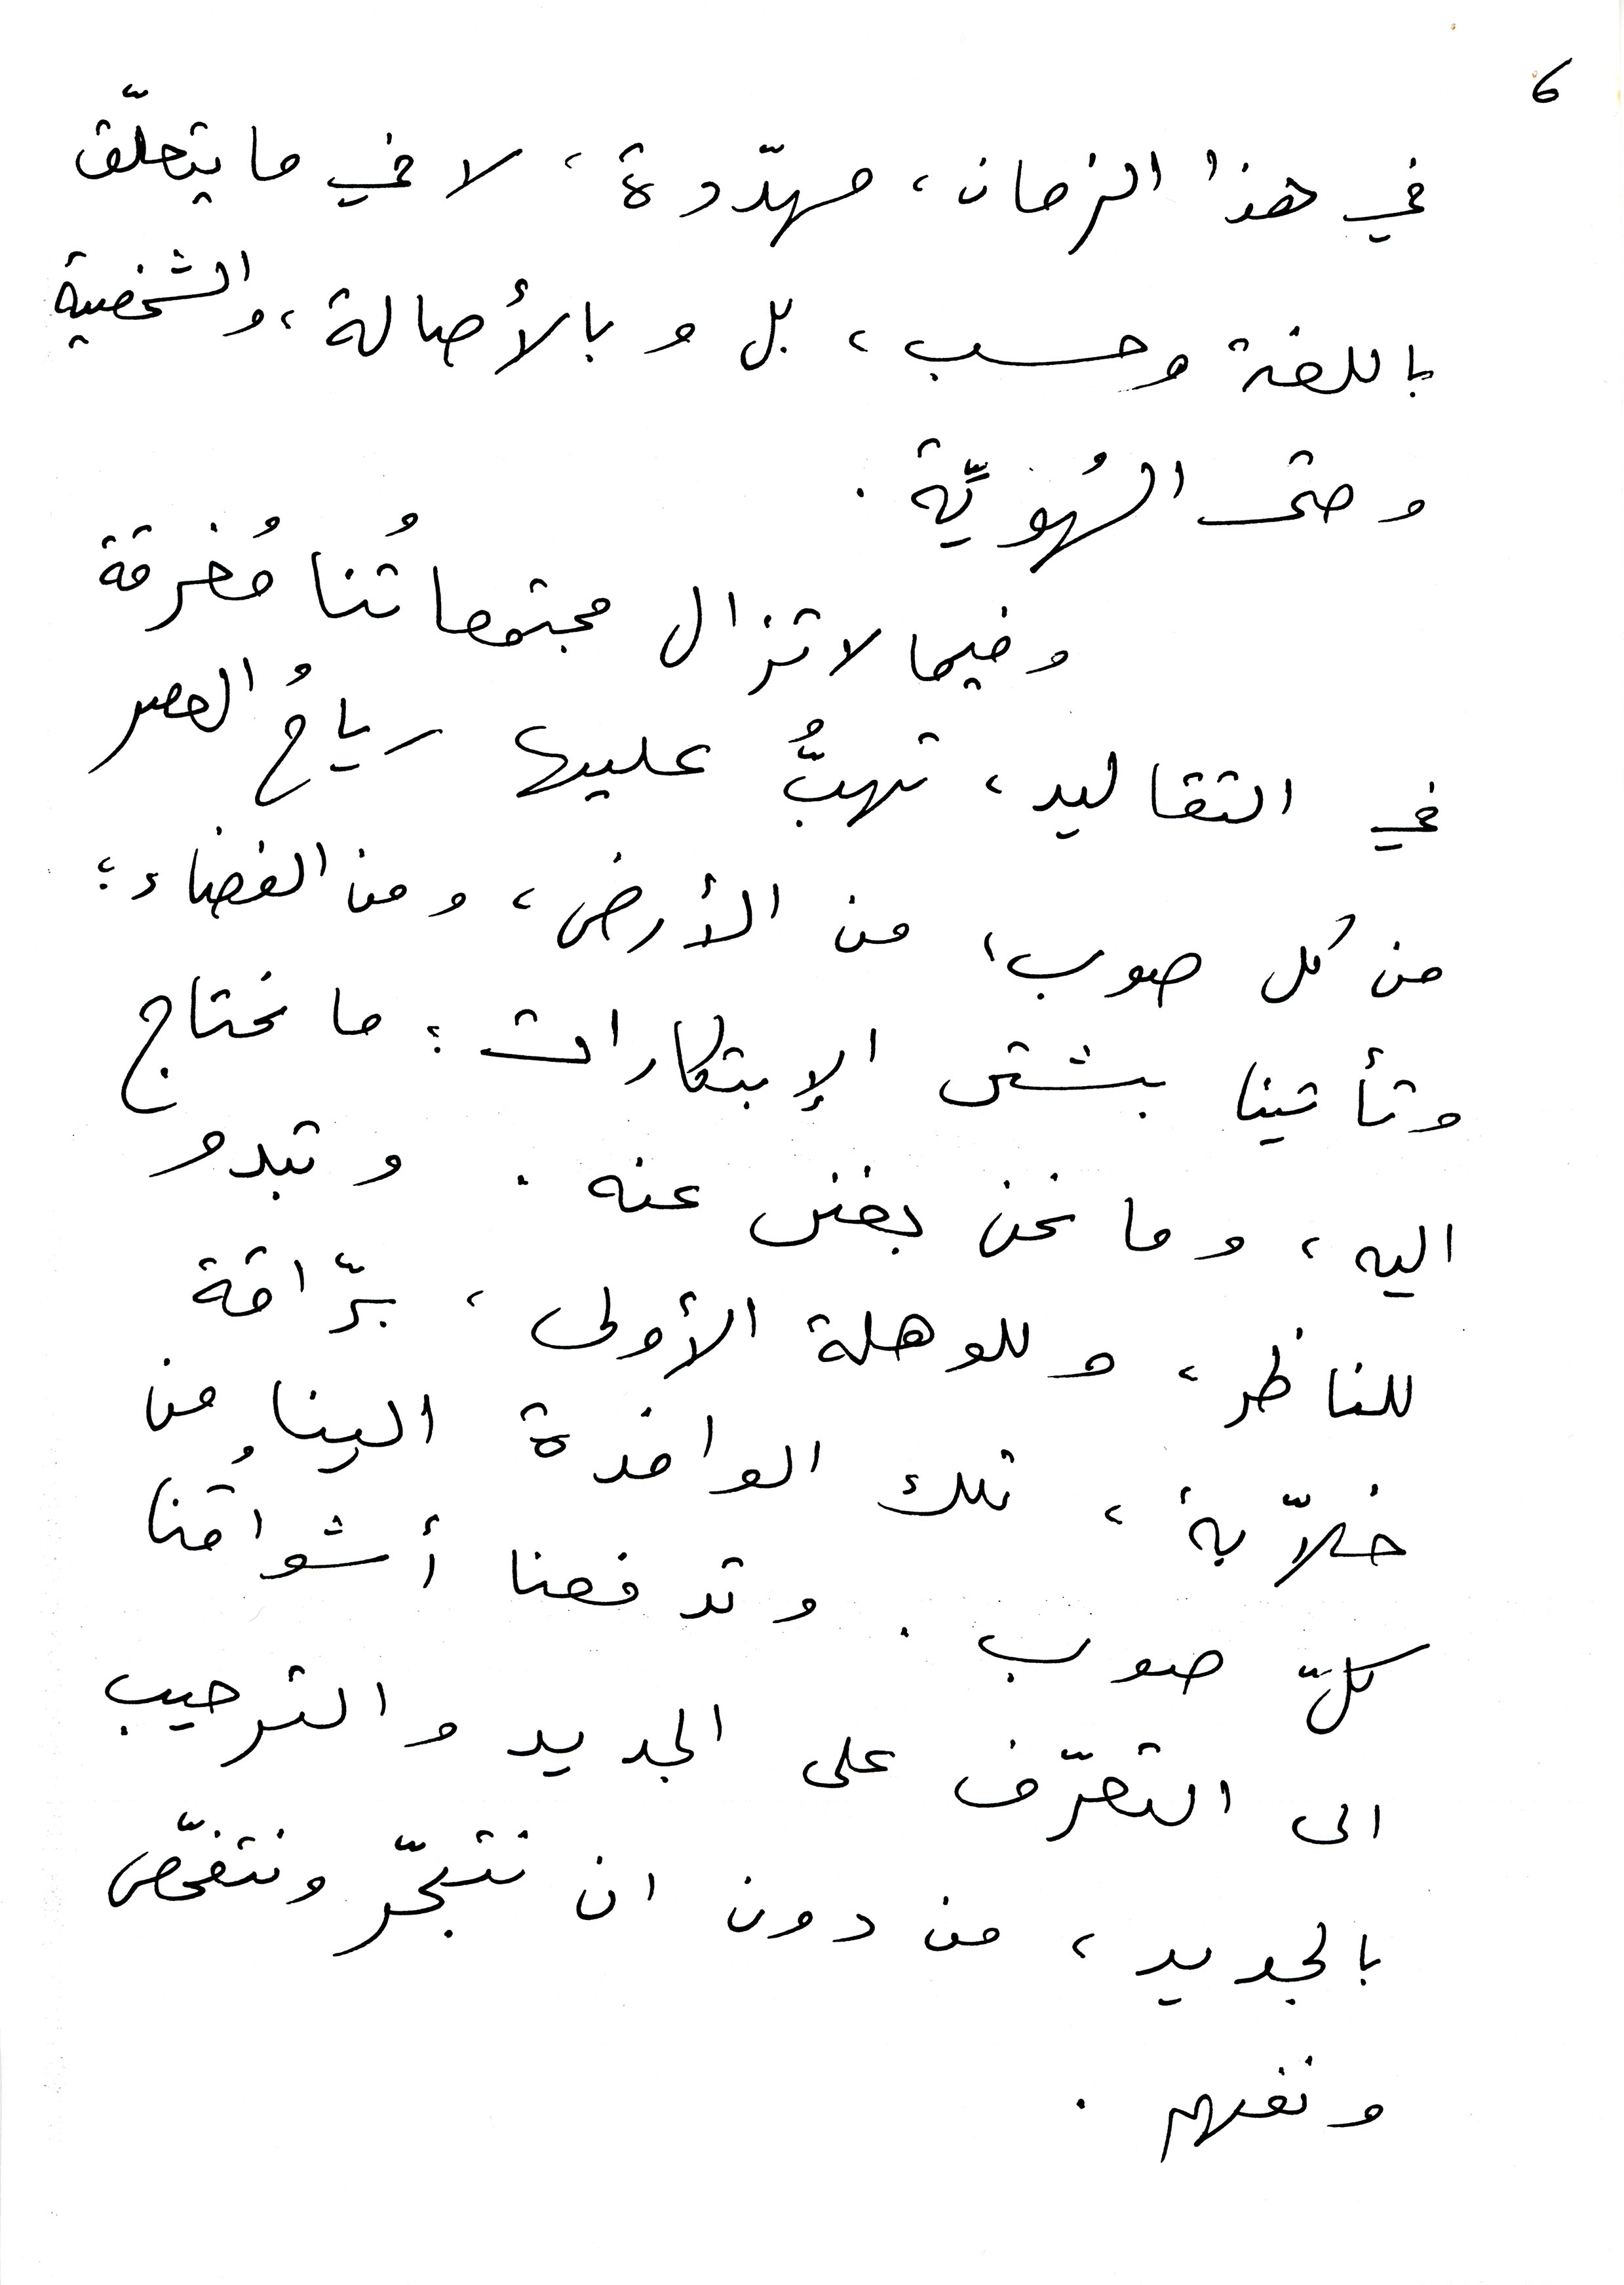
6
في هذا الزمان، مهدّدة، لا في ما يتعلّق
باللغة وحسب، بل وبالأصالة، والشخصية
وحتى الهُويّة.
وفيما لا تزال مجتمعاتُنا مُغرقة
في التقاليد، تهبُّ عليها رياحُ العصر
من كل صوب، من الأرض، ومن الفضاء؛
وتأتينا بشتى الإبتكارات؛ ما نحتاج
اليه، وما نحن بغنى عنه . وتبدو
للناظر ، وللوهلة الأولى ، برّاقة
خلاّبة، تلك الوافدة الينا من
كلّ صوب . وتدفعنا أشواقُنا
الى التعرّف على الجديد والترحيب
بالجديد ، من دون أن نتبحّر ونتفحّص
ونفهم .